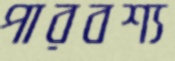
পারবশ্য